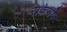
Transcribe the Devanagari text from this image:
राकेडयेट